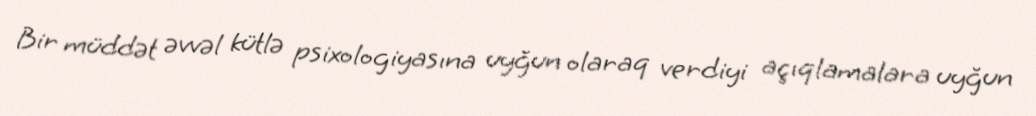
Bir müddət əvvəl kütlə psixologiyasına uyğun olaraq verdiyi açıqlamalara uyğun